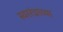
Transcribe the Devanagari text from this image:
स्वररंध्राच्या